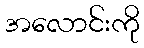
အလောင်းကို